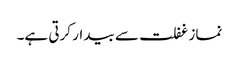
نماز غفلت سے بیدار کرتی ہے۔